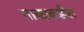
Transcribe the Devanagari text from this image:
नाकाकडील